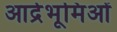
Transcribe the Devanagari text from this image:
आर्द्रभूमिओं